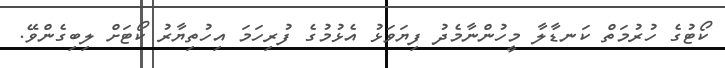
ކޯޓުގެ ހުރުމަތް ކަނޑާލާ މީހުންނާމެދު ފިޔަވަޅު އެޅުމުގެ ފުރިހަމަ އިހުތިޔާރު ކޯޓަށް ލިބިގެންވޭ.